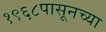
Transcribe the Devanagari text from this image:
१९६८पासूनच्या